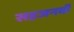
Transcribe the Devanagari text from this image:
सहजनवॉं